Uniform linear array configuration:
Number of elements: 4
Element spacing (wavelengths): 0.5
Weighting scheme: kaiser
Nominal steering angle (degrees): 45
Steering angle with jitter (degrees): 45.91
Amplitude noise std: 0.05
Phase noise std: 0.05

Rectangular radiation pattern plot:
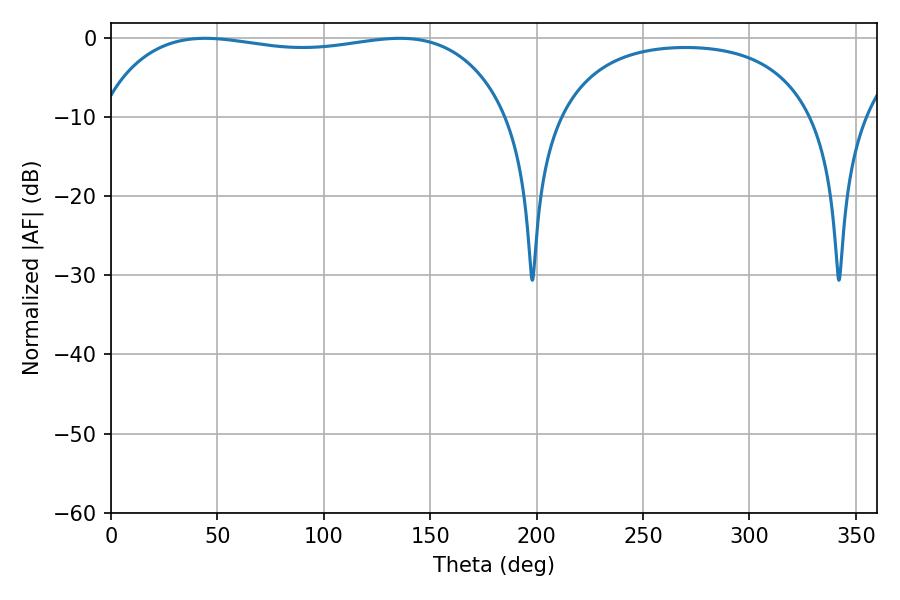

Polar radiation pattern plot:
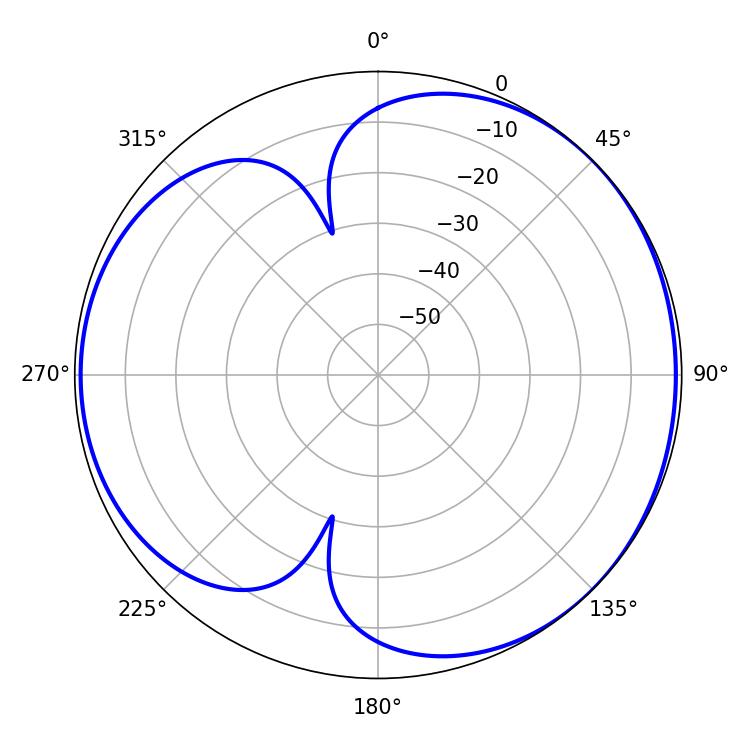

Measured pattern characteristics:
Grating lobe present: FALSE
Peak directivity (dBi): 4.232
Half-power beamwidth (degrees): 154.44
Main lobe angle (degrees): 44.28